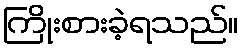
ကြိုးစားခဲ့ရသည်။